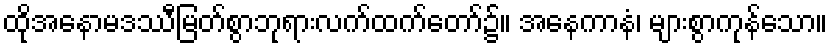
ထိုအနောမဒဿီမြတ်စွာဘုရားလက်ထက်တော်၌။ အနေကာနံ၊ များစွာကုန်သော။